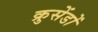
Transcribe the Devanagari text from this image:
क्रुसेंडों